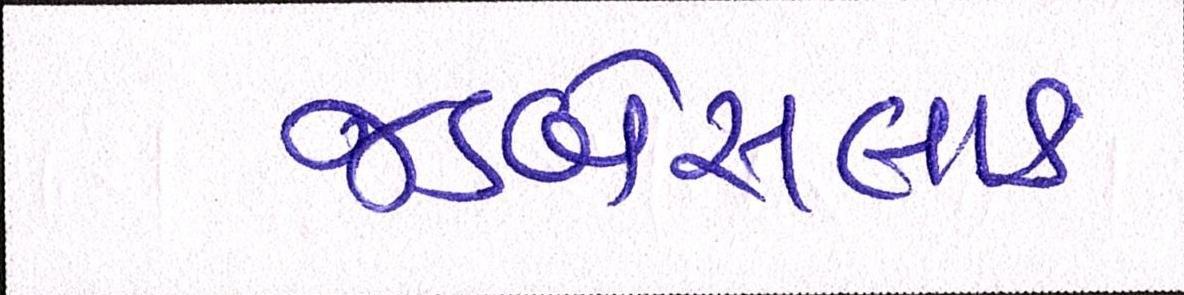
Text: જડબેસલાક